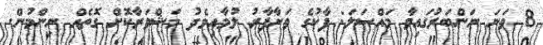
8 ވަނަ ނަންބަރުގައިވާ މައްސަލަ: ޕާކުގެ ވަށާފާރު ލުމާއިމެދު މަޝްވަރާކޮށް ގޮތެއް ނިންމުން.